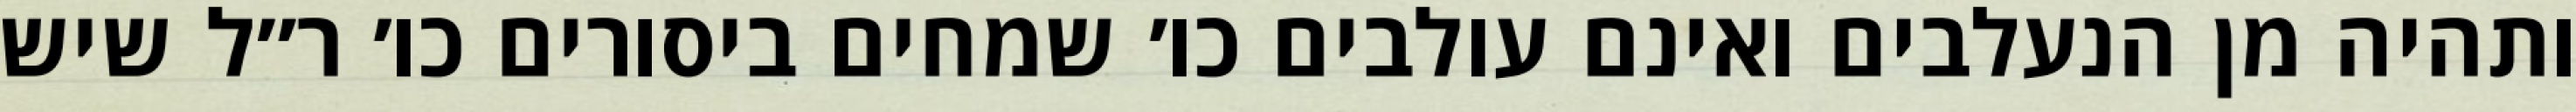
ותהיה מן הנעלבים ואינם עולבים כו׳ שמחים ביסורים כו׳ ר״ל שיש